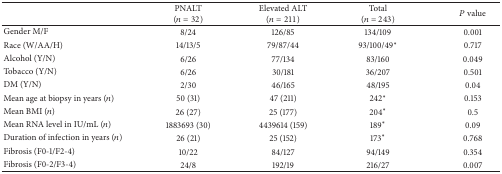
|  | PNALT(n = 32) | Elevated ALT(n = 211) | Total(n = 243) | P value |
 | --- | --- | --- | --- | --- |
 | Gender M/F | 8/24 | 126/85 | 134/109 | 0.001 |
 | Race (W/AA/H) | 14/13/5 | 79/87/44 | 93/100/49* | 0.717 |
 | Alcohol (Y/N) | 6/26 | 77/134 | 83/160 | 0.049 |
 | Tobacco (Y/N) | 6/26 | 30/181 | 36/207 | 0.501 |
 | DM (Y/N) | 2/30 | 46/165 | 48/195 | 0.04 |
 | Mean age at biopsy in years (n) | 50 (31) | 47 (211) | 242* | 0.153 |
 | Mean BMI (n) | 26 (27) | 25 (177) | 204* | 0.5 |
 | Mean RNA level in IU/mL (n) | 1883693 (30) | 4439614 (159) | 189* | 0.09 |
 | Duration of infection in years (n) | 26 (21) | 25 (152) | 173* | 0.768 |
 | Fibrosis (F0-1/F2-4) | 10/22 | 84/127 | 94/149 | 0.354 |
 | Fibrosis (F0-2/F3-4) | 24/8 | 192/19 | 216/27 | 0.007 |